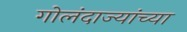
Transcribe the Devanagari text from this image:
गोलंदाज्यांच्या